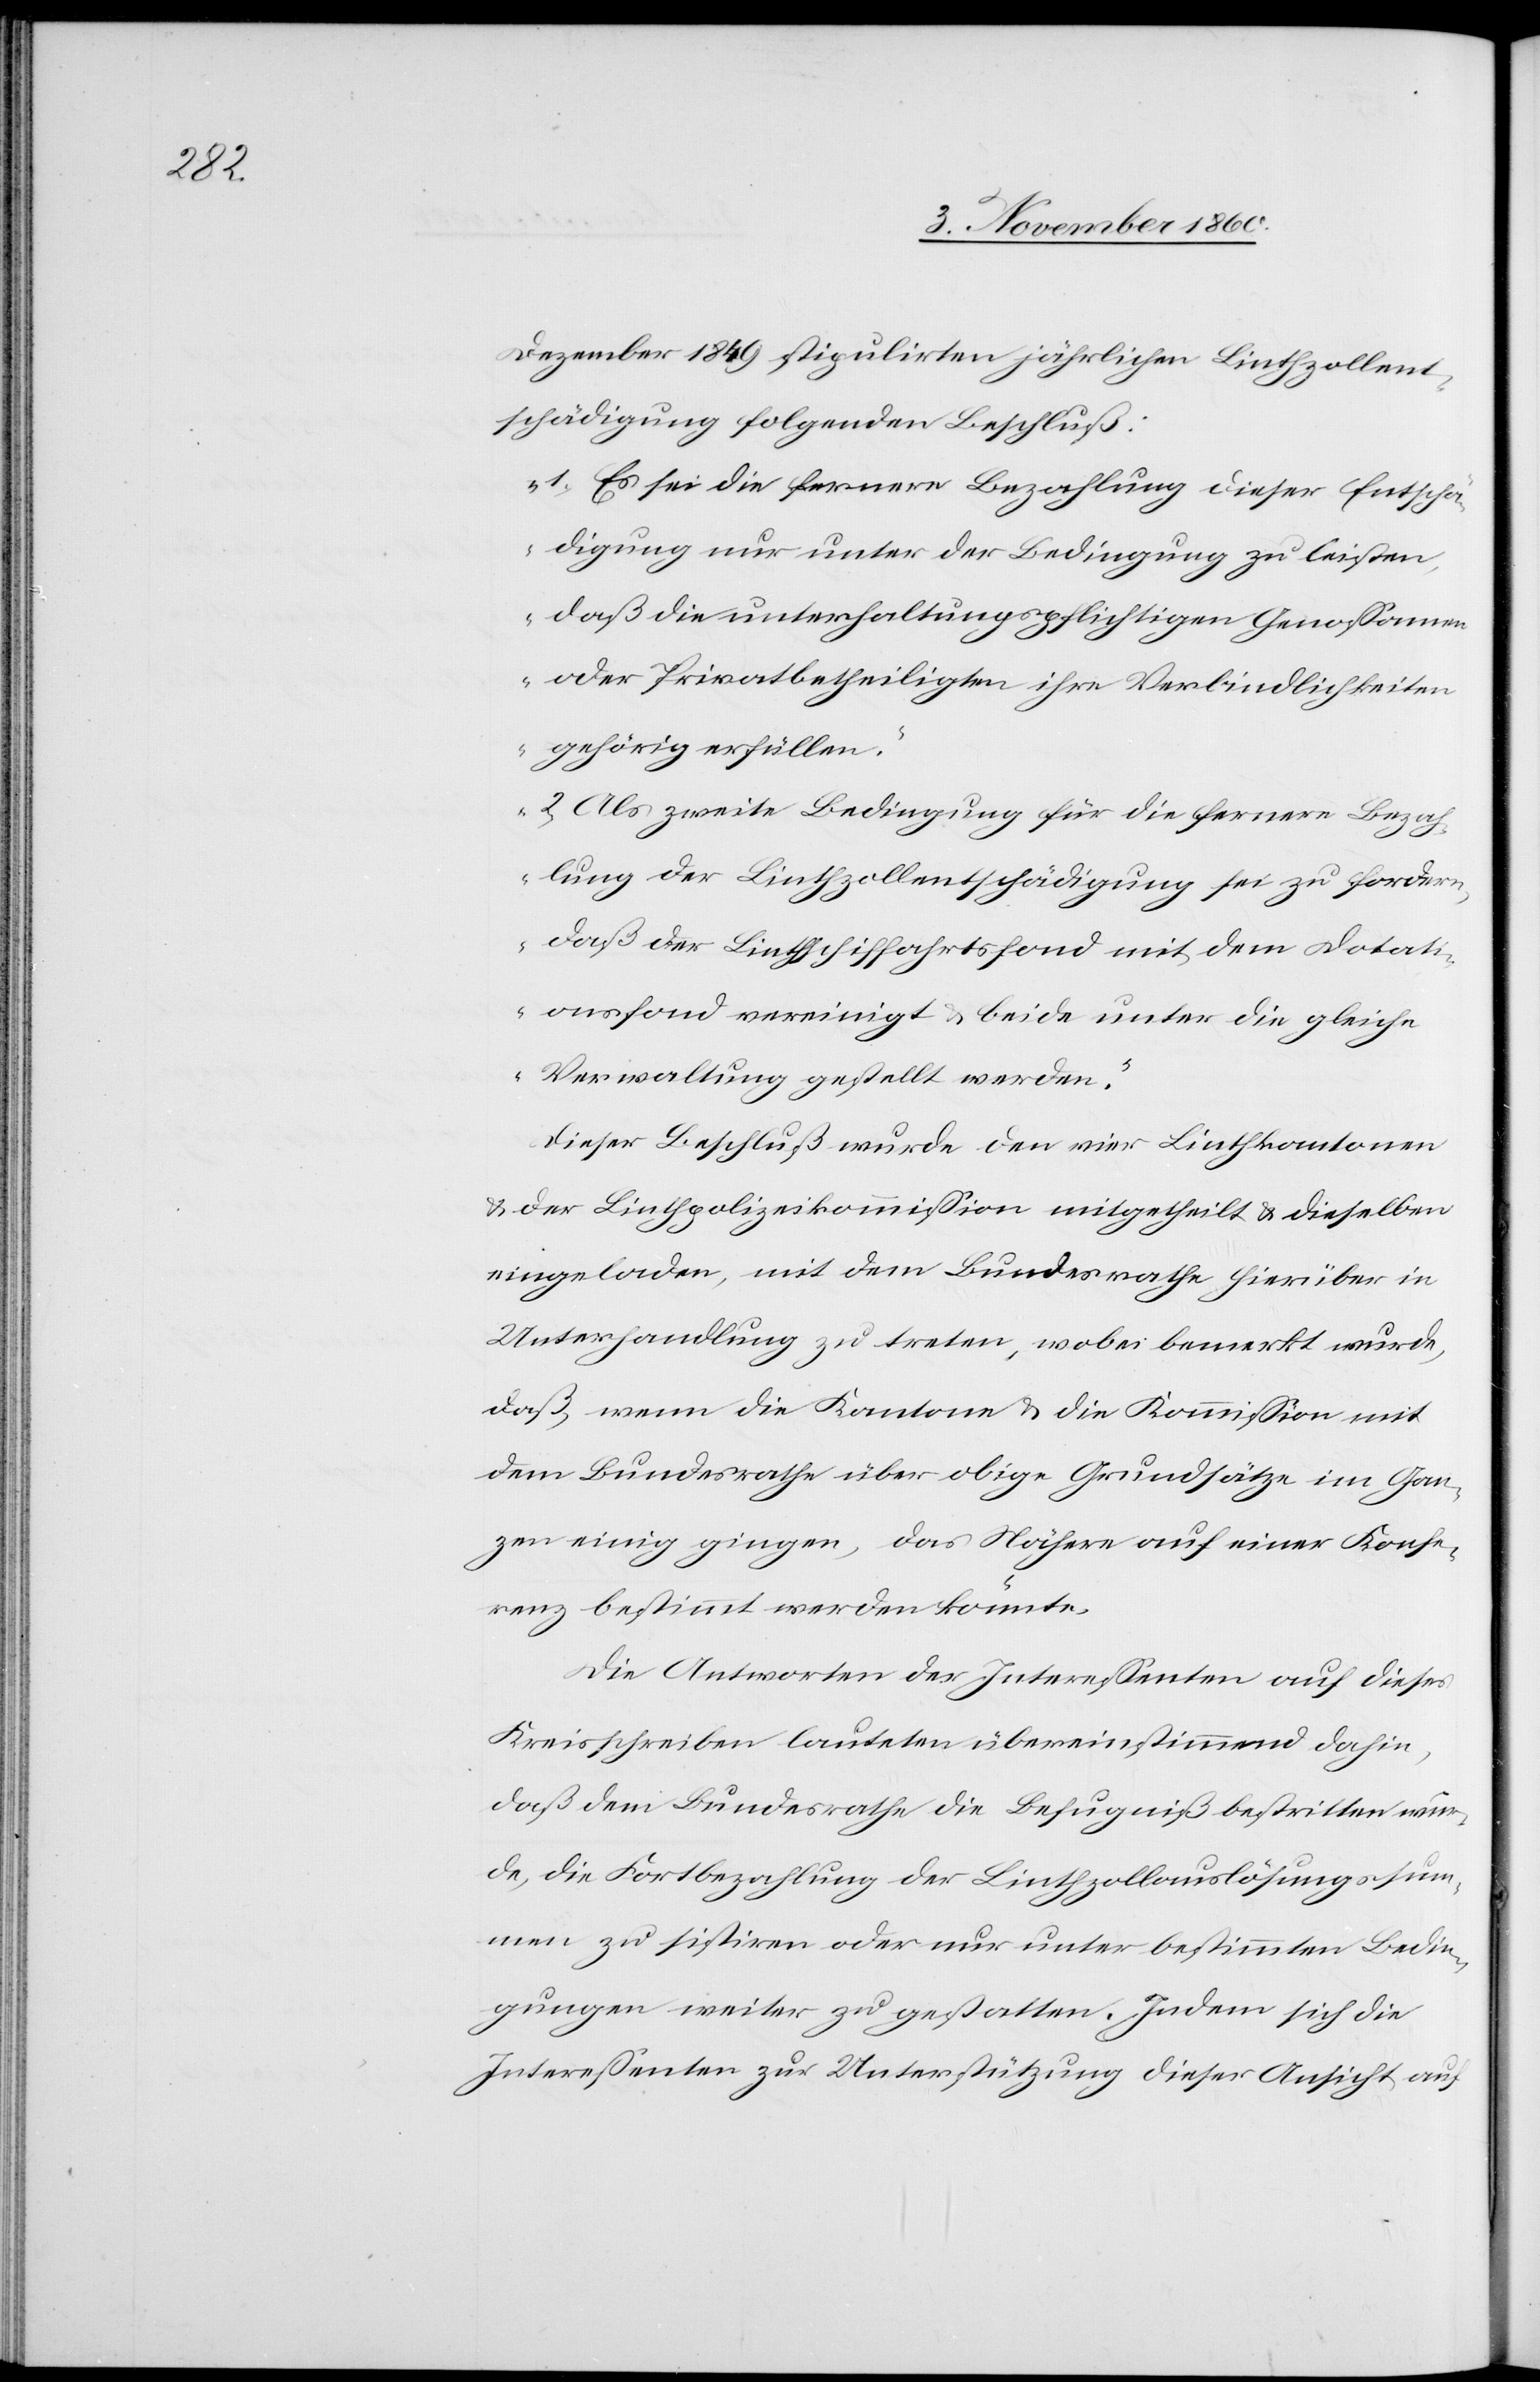
Dezember 1849 stipulirten jährlichen Linthzollent¬
schädigung folgenden Beschluß:
„1. Es sei die fernere Bezahlung dieser Entschä¬
digung nur unter der Bedingung zu leisten,
daß die unterhaltungspflichtigen Genossamen
oder Privatbetheiligten ihre Verbindlichkeiten
gehörig erfüllen.
2. Als zweite Bedingung für die fernere Bezah¬
lung der Linthzollentschädigung sei zu fordern,
daß der Linthschiffahrtsfond mit dem Dotati¬
onsfond vereinigt u. beide unter die gleiche
Verwaltung gestellt werden.“
Dieser Beschluß wurde den vier Linthkantonen
u. der Linthpolizeikommission mitgetheilt u. dieselben
eingeladen, mit dem Bundesrathe hierüber in
Unterhandlung zu treten, wobei bemerkt wurde,
daß, wenn die Kantone u. die Kommission mit
dem Bundesrathe über obige Grundsätze im Gan¬
zen einig gingen, das Nähere auf einer Konfe¬
renz bestimmt werden könnte.
Die Antworten der Interessenten auf dieses
Kreisschreiben lauteten übereinstimmend dahin,
daß dem Bundesrathe die Befugniß bestritten wur¬
de, die Fortbezahlung der Linthzollauslösungssum¬
men zu sistiren oder nur unter bestimmten Bedin¬
gungen weiter zu gestatten. Indem sich die
Interessenten zur Unterstützung dieser Ansicht auf